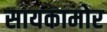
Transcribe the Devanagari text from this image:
सायकामोर